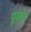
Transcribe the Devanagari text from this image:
प्रूफ्स